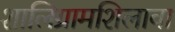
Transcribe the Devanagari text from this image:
शालिग्रामशिलावा